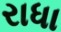
રાધા